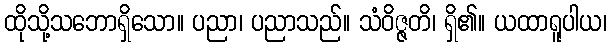
ထိုသို့သဘောရှိသော။ ပညာ၊ ပညာသည်။ သံဝိဇ္ဇတိ၊ ရှိ၏။ ယထာရူပါယ၊